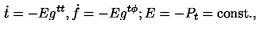
\dot { t } = - E g ^ { t t } , \dot { f } = - E g ^ { t \phi } ; E = - P _ { t } = \mathrm { c o n s t . } ,